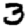
Digit: 3